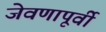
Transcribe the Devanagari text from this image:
जेवणापूर्वी